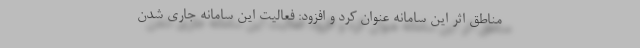
مناطق اثر این سامانه عنوان کرد و افزود: فعالیت این سامانه جاری شدن